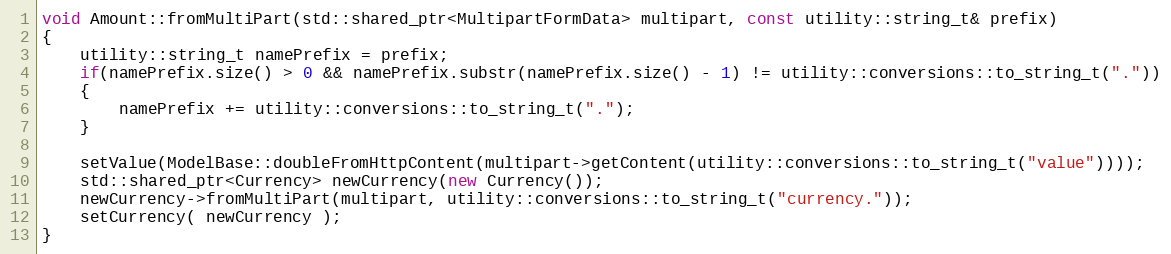
Language: C++
void Amount::fromMultiPart(std::shared_ptr<MultipartFormData> multipart, const utility::string_t& prefix)
{
    utility::string_t namePrefix = prefix;
    if(namePrefix.size() > 0 && namePrefix.substr(namePrefix.size() - 1) != utility::conversions::to_string_t("."))
    {
        namePrefix += utility::conversions::to_string_t(".");
    }

    setValue(ModelBase::doubleFromHttpContent(multipart->getContent(utility::conversions::to_string_t("value"))));
    std::shared_ptr<Currency> newCurrency(new Currency());
    newCurrency->fromMultiPart(multipart, utility::conversions::to_string_t("currency."));
    setCurrency( newCurrency );
}